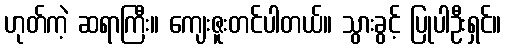
ဟုတ်ကဲ့ ဆရာကြီး။ ကျေးဇူးတင်ပါတယ်။ သွားခွင့် ပြုပါဦးရှင်။